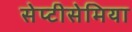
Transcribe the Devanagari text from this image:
सेप्टीसेमिया